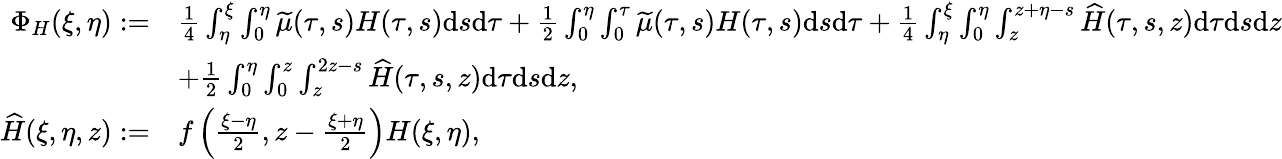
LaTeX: \begin{array}{rl}{{\Phi_{H}(\xi,\eta)}:=}&{{{\frac{{1}}{4}}\int_{\eta}^{\xi}\int_{0}^{\eta}\widetilde{\mu}(\tau,s)H(\tau,s)\mathrm{d}s\mathrm{d}\tau}+{{\frac{{1}}{2}}\int_{0}^{\eta}\int_{0}^{\tau}\widetilde{\mu}(\tau,s)H(\tau,s)\mathrm{d}s\mathrm{d}\tau}+\frac{1}{4}\int_{\eta}^{\xi}\int_{0}^{\eta}\int_{z}^{z+\eta-s}\widehat{H}(\tau,s,z)\mathrm{d}\tau\mathrm{d}s\mathrm{d}z}\\ &{+\frac{1}{2}\int_{0}^{\eta}\int_{0}^{z}\int_{z}^{2z-s}\widehat{H}(\tau,s,z)\mathrm{d}\tau\mathrm{d}s\mathrm{d}z,}\\ {\widehat{H}(\xi,\eta,z):=}&{f\left(\frac{\xi-\eta}{2},z-\frac{\xi+\eta}{2}\right)H(\xi,\eta),}\end{array}